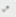
عن